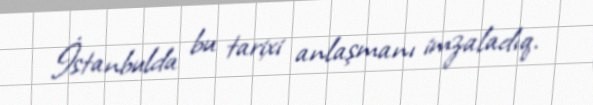
İstanbulda bu tarixi anlaşmanı imzaladıq.